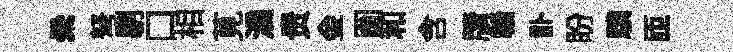
纍弩剔口相莧滴贵金圗和含牘贛訃盼驥匝